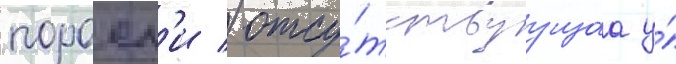
поросл'и / отсу́тствуущаа у́